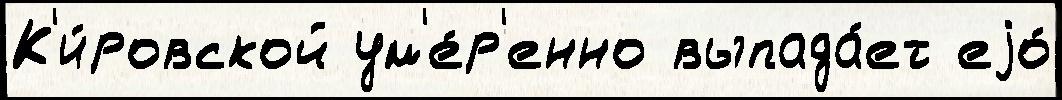
К'и́ровской ум'е́р'енно выпада́ет еjо́